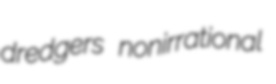
dredgers nonirrational